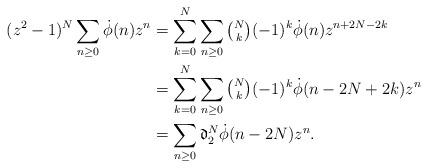
LaTeX: \begin{align*}(z^2-1)^N\sum_{n\geq 0}\dot{\phi}(n)z^n &= \sum_{k=0}^N\sum_{n\geq 0}\tbinom{N}{k}(-1)^k\dot{\phi}(n)z^{n+2N-2k}\\&= \sum_{k=0}^N\sum_{n\geq 0}\tbinom{N}{k}(-1)^k\dot{\phi}(n-2N+2k)z^{n}\\&= \sum_{n\geq 0}\mathfrak{d}_2^N\dot{\phi}(n-2N)z^{n}.\end{align*}